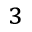
^ 3